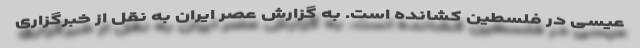
عیسی در فلسطین کشانده است. به گزارش عصر ایران به نقل از خبرگزاری